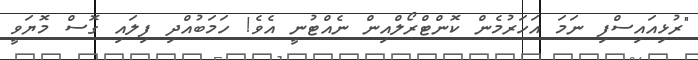
"ރުޅިއައިސްފި ނަމަ އަހަރުމެން ކޮންޓްރޯލްއިން ނެއްޓުނީ އެވެ! ހަމަބުއްދި ފިލައި ގޮސް މޮޔަވީ